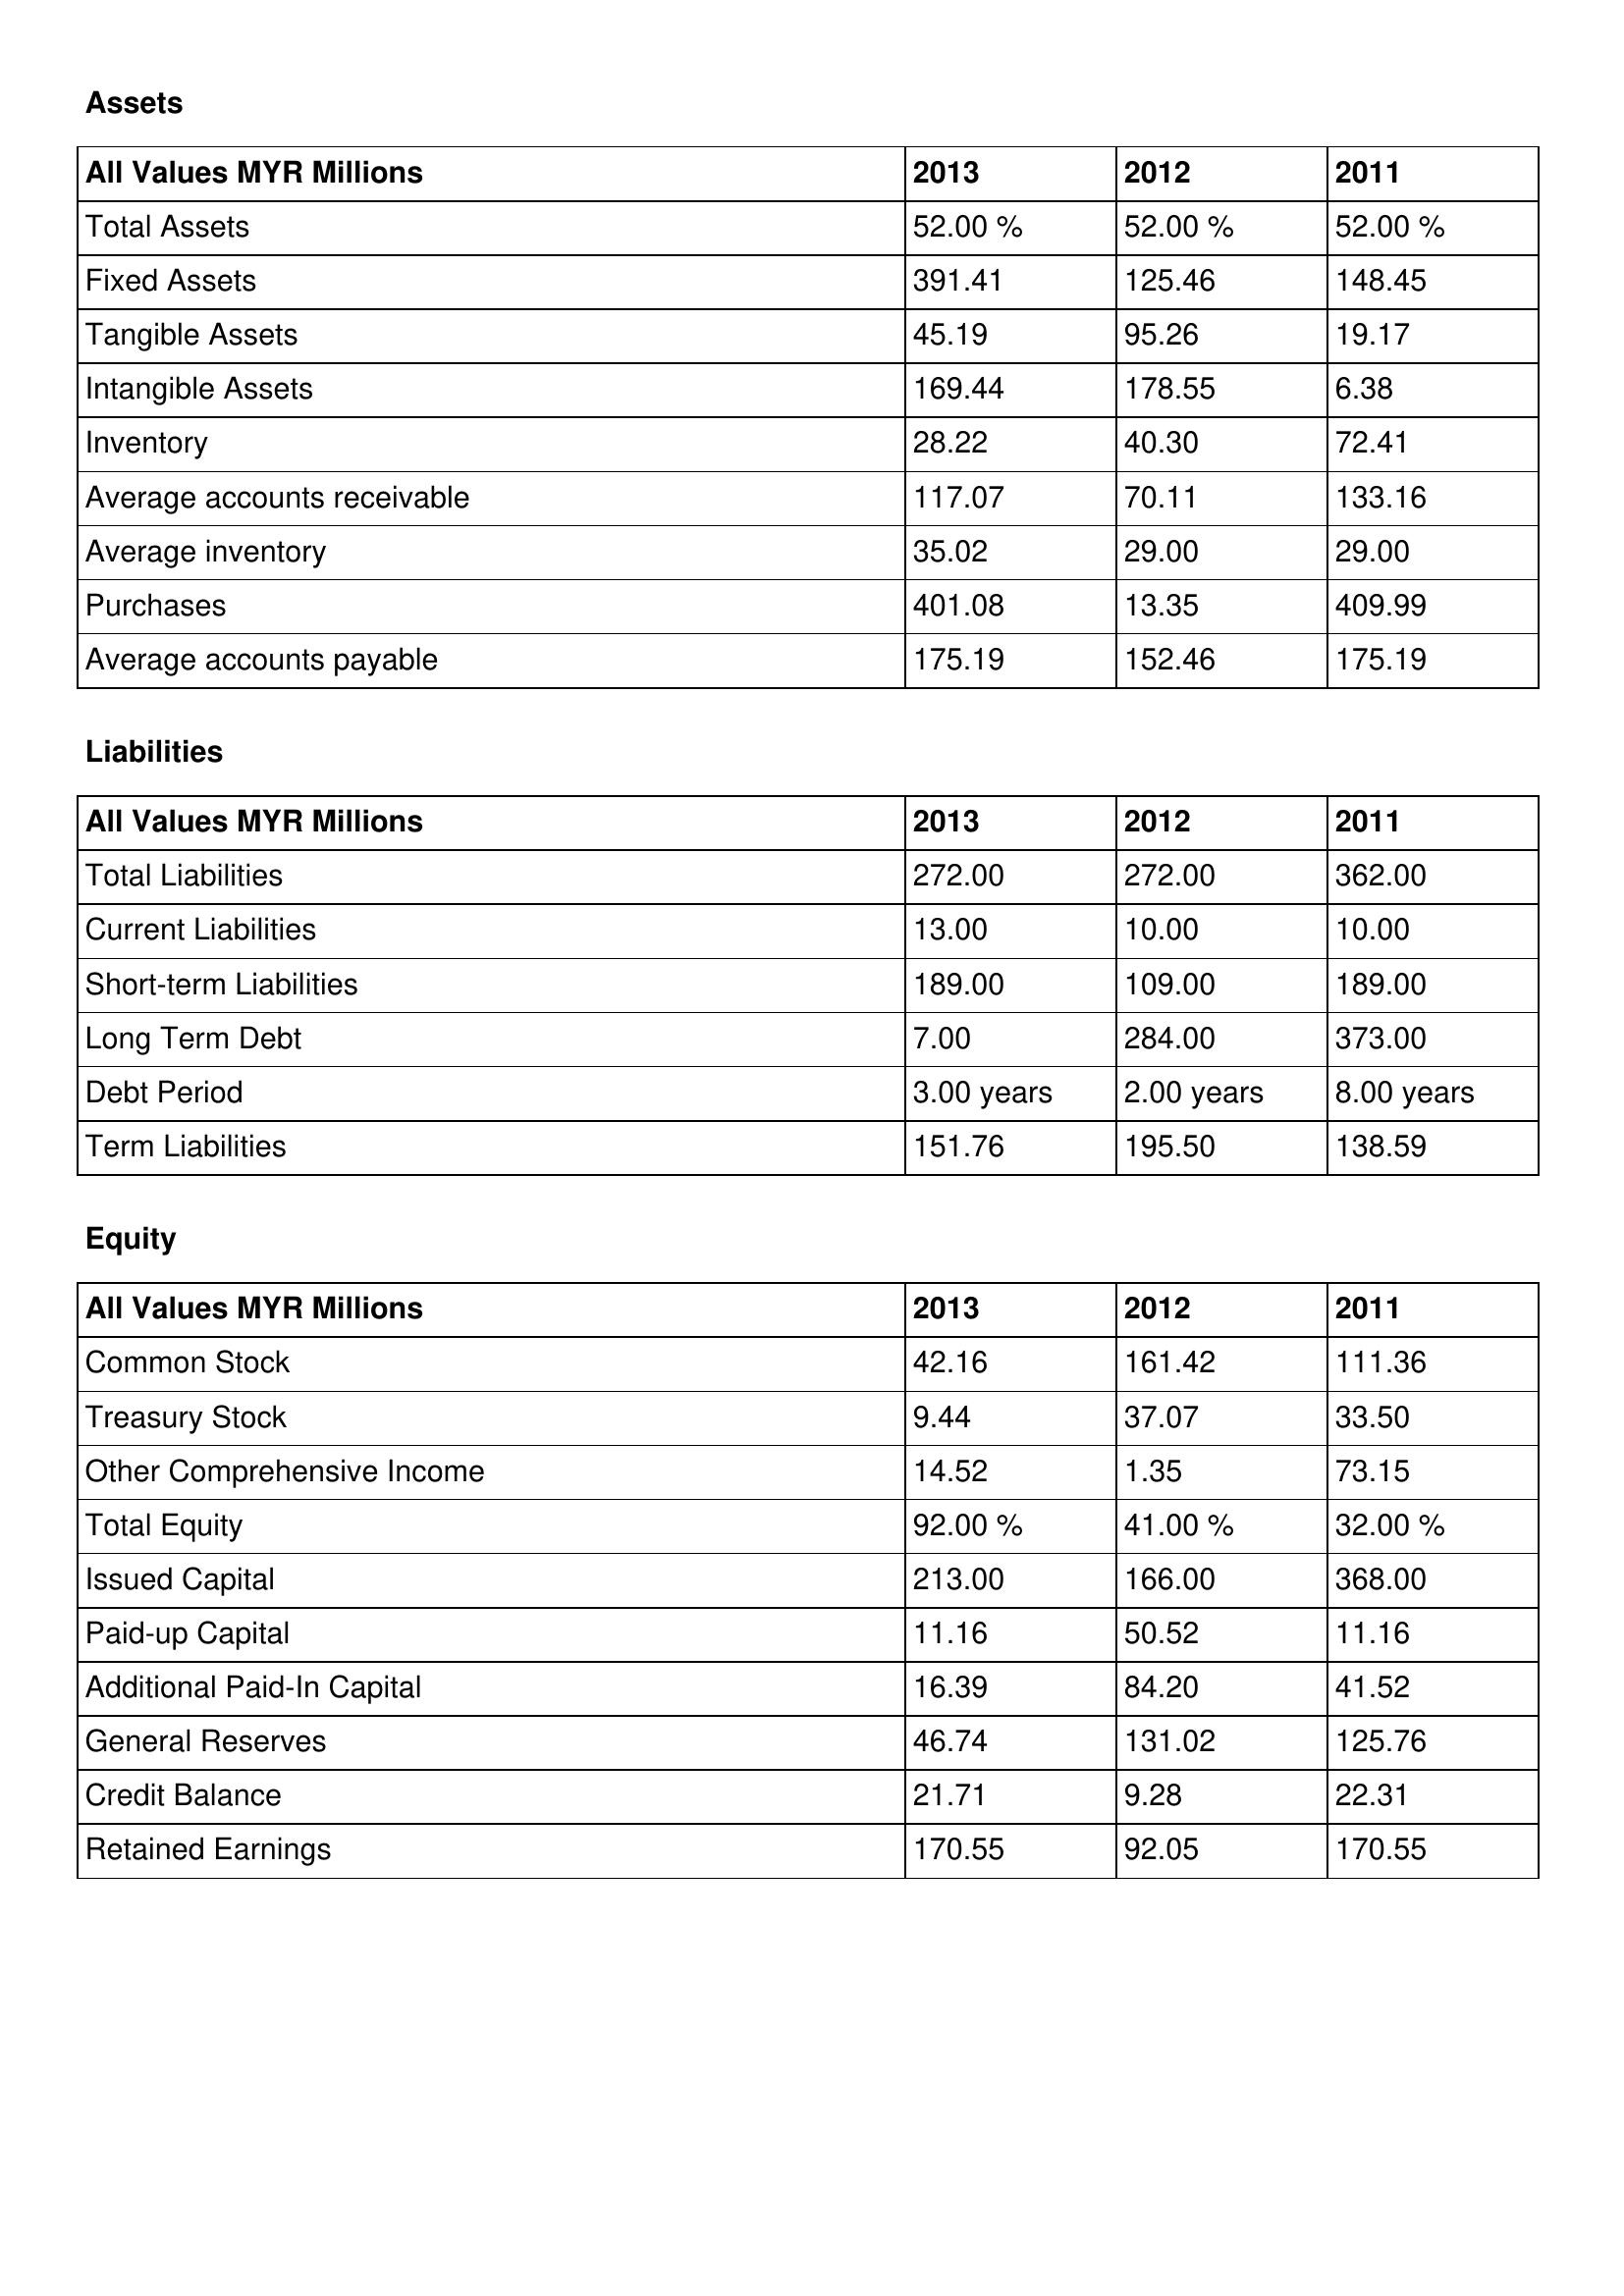
gt_parse: 2013: Assets: Total Assets: 52.00 %
Fixed Assets: 391.41
Tangible Assets: 45.19
Intangible Assets: 169.44
Inventory: 28.22
Average accounts receivable: 117.07
Average inventory: 35.02
Purchases: 401.08
Average accounts payable: 175.19
Liabilities: Total Liabilities: 272.00
Current Liabilities: 13.00
Short-term Liabilities: 189.00
Long Term Debt: 7.00
Debt Period: 3.00 years
Term Liabilities: 151.76
Equity: Common Stock: 42.16
Treasury Stock: 9.44
Other Comprehensive Income: 14.52
Total Equity: 92.00 %
Issued Capital: 213.00
Paid-up Capital: 11.16
Additional Paid-In Capital: 16.39
General Reserves: 46.74
Credit Balance: 21.71
Retained Earnings: 170.55
2012: Assets: Total Assets: 52.00 %
Fixed Assets: 125.46
Tangible Assets: 95.26
Intangible Assets: 178.55
Inventory: 40.30
Average accounts receivable: 70.11
Average inventory: 29.00
Purchases: 13.35
Average accounts payable: 152.46
Liabilities: Total Liabilities: 272.00
Current Liabilities: 10.00
Short-term Liabilities: 109.00
Long Term Debt: 284.00
Debt Period: 2.00 years
Term Liabilities: 195.50
Equity: Common Stock: 161.42
Treasury Stock: 37.07
Other Comprehensive Income: 1.35
Total Equity: 41.00 %
Issued Capital: 166.00
Paid-up Capital: 50.52
Additional Paid-In Capital: 84.20
General Reserves: 131.02
Credit Balance: 9.28
Retained Earnings: 92.05
2011: Assets: Total Assets: 52.00 %
Fixed Assets: 148.45
Tangible Assets: 19.17
Intangible Assets: 6.38
Inventory: 72.41
Average accounts receivable: 133.16
Average inventory: 29.00
Purchases: 409.99
Average accounts payable: 175.19
Liabilities: Total Liabilities: 362.00
Current Liabilities: 10.00
Short-term Liabilities: 189.00
Long Term Debt: 373.00
Debt Period: 8.00 years
Term Liabilities: 138.59
Equity: Common Stock: 111.36
Treasury Stock: 33.50
Other Comprehensive Income: 73.15
Total Equity: 32.00 %
Issued Capital: 368.00
Paid-up Capital: 11.16
Additional Paid-In Capital: 41.52
General Reserves: 125.76
Credit Balance: 22.31
Retained Earnings: 170.55